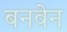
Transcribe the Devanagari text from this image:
बनवेन